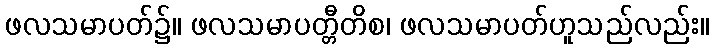
ဖလသမာပတ်၌။ ဖလသမာပတ္တီတိစ၊ ဖလသမာပတ်ဟူသည်လည်း။